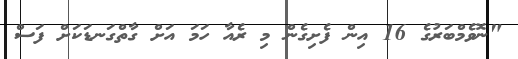
"ނޮވެމްބަރުގެ 16 އިން ފެށިގެން މި ރެއާ ހަމަ އަށް ގާތްގަނޑަކަށް ފަސް